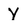
Character: Y